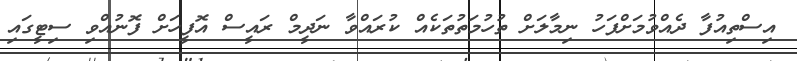
އިސްތިއުފާ ދެއްވުމަށްފަހު ނިމާލަށް ތުހުމަތުތަކެއް ކުރައްވާ ނަދީމް ރައީސް އޮފީހަށް ފޮނުއްވި ސިޓީގައި